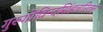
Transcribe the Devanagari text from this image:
गुरुगोविन्दसिंहचरितम्